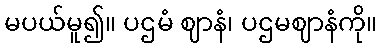
မပယ်မူ၍။ ပဌမံ ဈာနံ၊ ပဌမဈာနံကို။